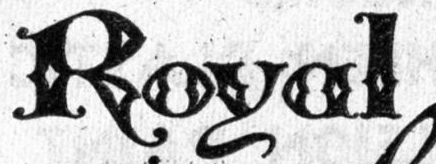
Royal